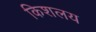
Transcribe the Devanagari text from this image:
किशलय